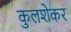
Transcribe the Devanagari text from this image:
कुलशेकर